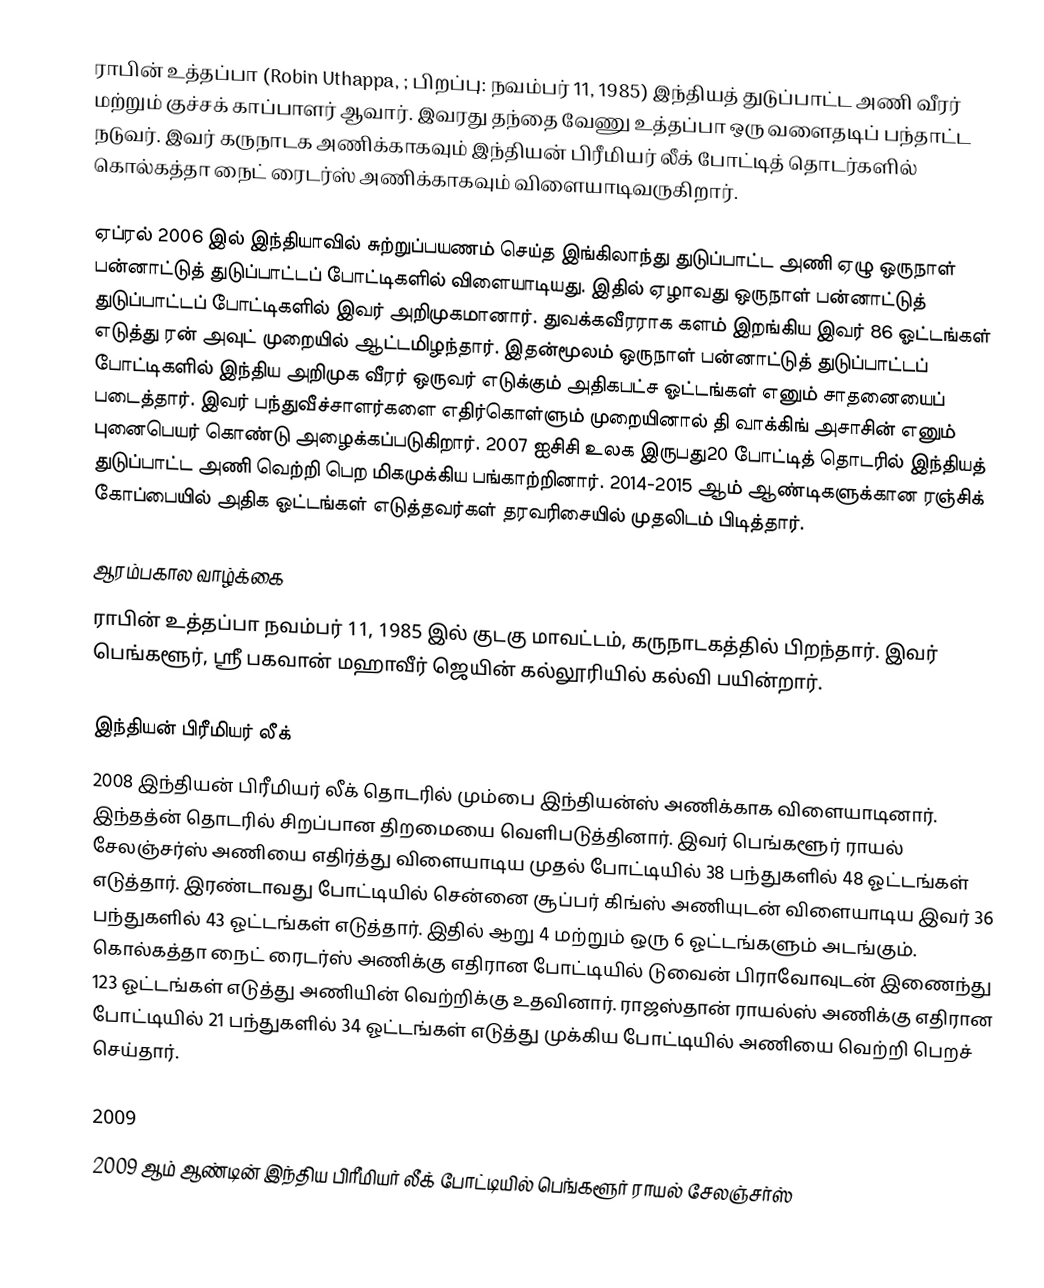
ராபின் உத்தப்பா (Robin Uthappa, ; பிறப்பு: நவம்பர் 11, 1985) இந்தியத் துடுப்பாட்ட அணி வீரர் மற்றும் குச்சக் காப்பாளர் ஆவார். இவரது தந்தை வேணு உத்தப்பா ஒரு வளைதடிப் பந்தாட்ட நடுவர். இவர் கருநாடக அணிக்காகவும் இந்தியன் பிரீமியர் லீக் போட்டித் தொடர்களில் கொல்கத்தா நைட் ரைடர்ஸ் அணிக்காகவும் விளையாடிவருகிறார்.

ஏப்ரல் 2006 இல் இந்தியாவில் சுற்றுப்பயணம் செய்த இங்கிலாந்து துடுப்பாட்ட அணி ஏழு ஒருநாள் பன்னாட்டுத் துடுப்பாட்டப் போட்டிகளில் விளையாடியது. இதில் ஏழாவது ஒருநாள் பன்னாட்டுத் துடுப்பாட்டப் போட்டிகளில் இவர் அறிமுகமானார். துவக்கவீரராக களம் இறங்கிய இவர் 86 ஓட்டங்கள் எடுத்து ரன் அவுட் முறையில் ஆட்டமிழந்தார். இதன்மூலம்  ஒருநாள் பன்னாட்டுத் துடுப்பாட்டப் போட்டிகளில் இந்திய அறிமுக வீரர் ஒருவர் எடுக்கும் அதிகபட்ச ஓட்டங்கள் எனும் சாதனையைப் படைத்தார். இவர் பந்துவீச்சாளர்களை எதிர்கொள்ளும் முறையினால் தி வாக்கிங் அசாசின் எனும் புனைபெயர் கொண்டு அழைக்கப்படுகிறார். 2007 ஐசிசி உலக இருபது20 போட்டித் தொடரில் இந்தியத் துடுப்பாட்ட அணி வெற்றி பெற மிகமுக்கிய பங்காற்றினார். 2014-2015 ஆம் ஆண்டிகளுக்கான ரஞ்சிக் கோப்பையில் அதிக ஓட்டங்கள் எடுத்தவர்கள் தரவரிசையில் முதலிடம் பிடித்தார்.

ஆரம்பகால வாழ்க்கை
ராபின் உத்தப்பா நவம்பர் 11, 1985 இல் குடகு மாவட்டம், கருநாடகத்தில் பிறந்தார். இவர் பெங்களூர், ஸ்ரீ பகவான் மஹாவீர் ஜெயின் கல்லூரியில் கல்வி பயின்றார்.

இந்தியன் பிரீமியர் லீக்
2008 இந்தியன் பிரீமியர் லீக் தொடரில் மும்பை இந்தியன்ஸ் அணிக்காக விளையாடினார். இந்தத்ன் தொடரில் சிறப்பான திறமையை வெளிபடுத்தினார். இவர் பெங்களூர் ராயல் சேலஞ்சர்ஸ் அணியை எதிர்த்து விளையாடிய முதல் போட்டியில் 38 பந்துகளில் 48 ஓட்டங்கள் எடுத்தார். இரண்டாவது போட்டியில் சென்னை சூப்பர் கிங்ஸ் அணியுடன் விளையாடிய இவர் 36 பந்துகளில் 43 ஓட்டங்கள் எடுத்தார். இதில் ஆறு 4 மற்றும் ஒரு 6 ஓட்டங்களும் அடங்கும். கொல்கத்தா நைட் ரைடர்ஸ் அணிக்கு எதிரான போட்டியில் டுவைன் பிராவோவுடன் இணைந்து 123 ஓட்டங்கள் எடுத்து அணியின் வெற்றிக்கு உதவினார். ராஜஸ்தான் ராயல்ஸ் அணிக்கு எதிரான போட்டியில் 21 பந்துகளில் 34 ஓட்டங்கள் எடுத்து முக்கிய போட்டியில் அணியை வெற்றி பெறச் செய்தார்.

2009
2009 ஆம் ஆண்டின் இந்திய பிரீமியர் லீக் போட்டியில் பெங்களூர் ராயல் சேலஞ்சர்ஸ்